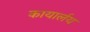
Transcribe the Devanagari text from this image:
कायार्लय